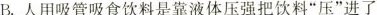
B.人用吸管吸食饮料是靠液体压强把饮料”压”进了